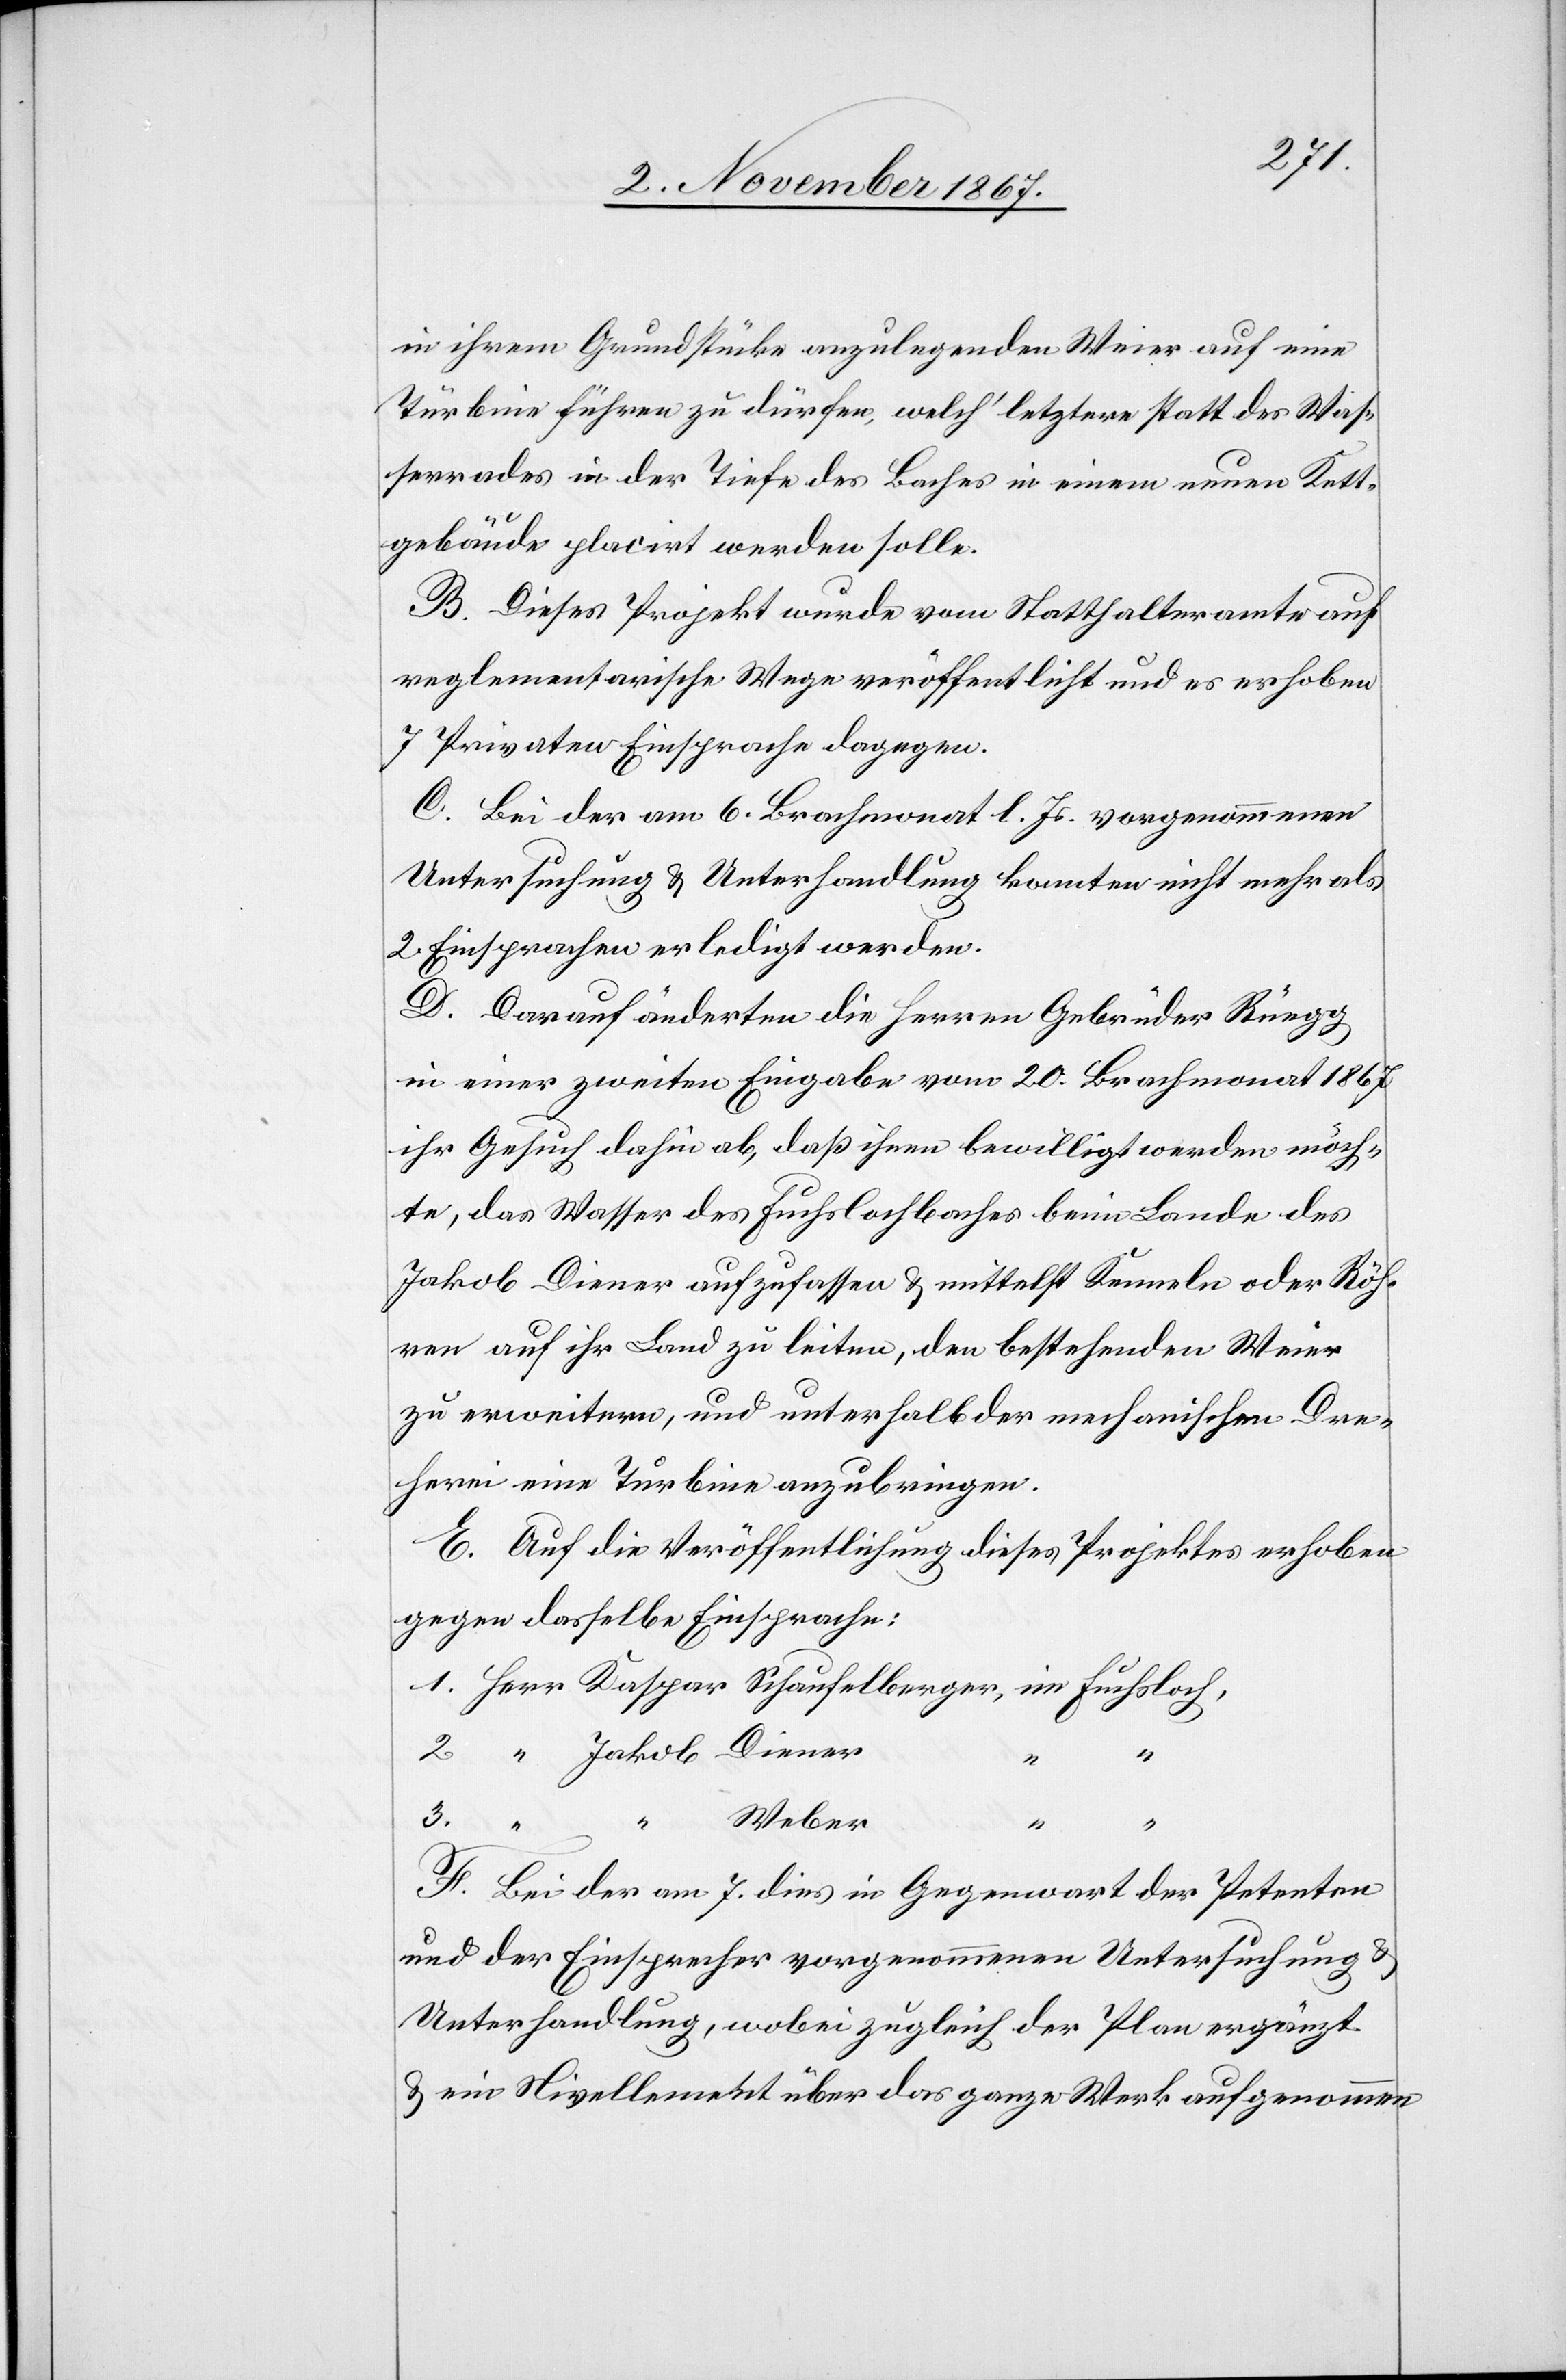
in ihrem Grundstücke anzulegenden Weier auf eine
Türbine führen zu dürfen, welch‘ letztere statt des Was¬
serrades in der Tiefe des Baches in einem neuen Kett¬
gebäude placirt werden solle.
B. Dieses Projekt wurde vom Statthalteramte auf
reglementarischem Wege veröffentliche und es erhoben
7 Privaten Einsprache dagegen.
C. Bei der am 6. Brachmonat l. Js. vorgenommenen
Untersuchung u. Unterhandlung konnten nicht mehr als
2 Einsprachen erledigt werden.
D. Darauf änderten die Herren Gebrüder Rüegg
in einer zweiten Eingabe vom 20. Brachmonat 1867
ihr Gesuch dahin ab, daß ihnen bewilligt werden möch¬
te, das Wasser des Fuchslochbaches beim Lande des
Jakob Diener aufzufassen u. mittelst Kenneln oder Röh¬
ren auf ihr Land zu leiten, den bestehenden Weier
zu erweitern, und unterhalb der mechanischen Dre¬
herei eine Turbine anzubringen.
E. Auf die Veröffentlicheung dieses Projektes erhoben
gegen dasselbe Einsprache:
2.
“
3.
Weber
F. Bei der am 7. dies in Gegenwart der Petenten
und der Einsprecher vorgenommenen Untersuchung u.
Unterhandlung, wobei zugleich der Plan ergänzt
u. ein Nivellement über das ganze Werk aufgenommen